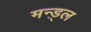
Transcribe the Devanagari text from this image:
मन्ड़्ल